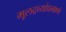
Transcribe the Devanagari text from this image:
मूलद्रव्यांप्रमाणे